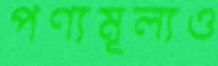
পণ্যমূল্যও